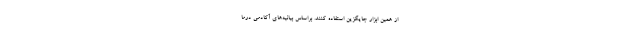
از همین ابزار جایگزین استفاده کنند. براساس بیانیه‌های آکادمی درما